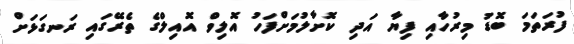
ފުރަތަމަ ބޮޑު މިރުހާއި ފިޔާ އަދި ކޮށާލުމަށްފަހު އޮލިވް އޮއިލްގެ ތެރޭގައި ރަނގަޅަށް